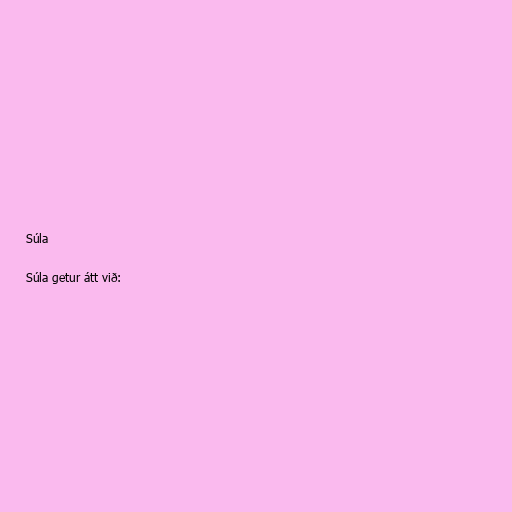
Súla

Súla getur átt við: